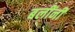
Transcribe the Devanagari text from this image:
बलींनीं